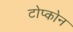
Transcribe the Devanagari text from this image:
टोप्कोन